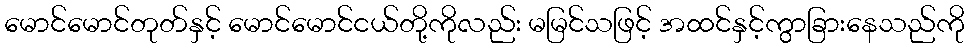
မောင်မောင်တုတ်နှင့် မောင်မောင်ငယ်တို့ကိုလည်း မမြင်သဖြင့် အထင်နှင့်ကွာခြားနေသည်ကို